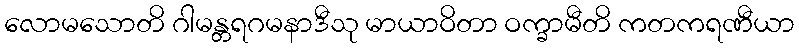
လောမသောတိ ဂါမန္တရဂမနာဒီသု မာယာဝိတာ ဝက္ခာမီတိ ကတကရဏီယာ